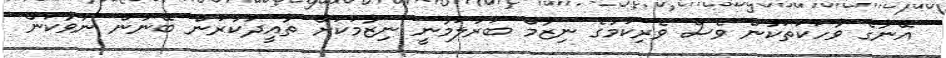
އޭނާގެ ވާހަކަތަކުން ވެސް ވެރިކަމުގެ ނިޒާމް ބަރުލަމާނީ ނިޒާމަކަށް ތާއީދުކުރަން ބޭނުން ނުވާކަން